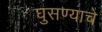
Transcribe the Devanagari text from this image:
घुसण्याचे